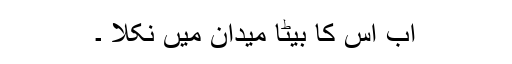
اب اس کا بیٹا میدان میں نکلا ۔